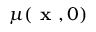
\mu ( \textbf { x } , 0 )